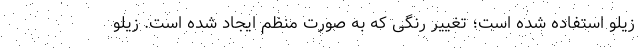
زیلو استفاده شده است؛ تغییر رنگی که به صورت منظم ایجاد شده است. زیلو